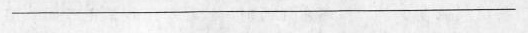
___